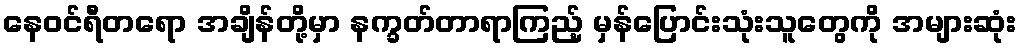
နေဝင်ရီတရော အချိန်တို့မှာ နက္ခတ်တာရာကြည့် မှန်ပြောင်းသုံးသူတွေကို အများဆုံး